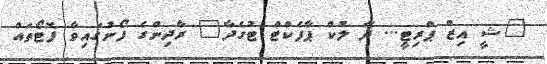
"ޝީ އިޒް ޕްރިޓީ... ދޭ ލުކް ޕާފެކްޓް ޓުގެދާ" ރާދިންގެ ފޯނުގައިވާ ފޮޓޯތައް